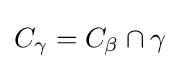
C_{\gamma }=C_{\beta }\cap \gamma